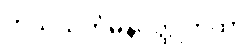
ကုသသင်္ကမနဝတ္ထုကထာ